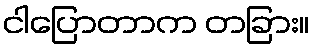
ငါပြောတာက တခြား။